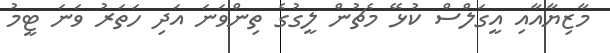
މާޒިޔާއާއި އީގަލްސް ކުޅޭ މެޗުން ލީގުގެ ތިންވަނަ އަދި ހަތަރު ވަނަ ޓީމު